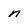
Character: n